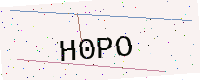
Text: H0PO